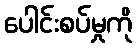
ပေါင်းစပ်မှုကို